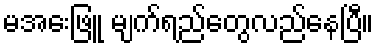
မအေးဖြူ မျက်ရည်တွေလည်နေပြီ။